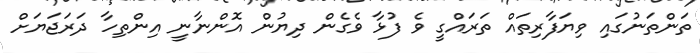
ތަންތަނުގައި ވިޔަފާރިތައް ތަރައްގީ ވެ ފުޅާ ވެގެން ދިޔުން އޮންނާނީ އިންތިހާ ދަރަޖަޔަށް